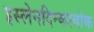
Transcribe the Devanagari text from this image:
इस्लेनदिन्काबोक